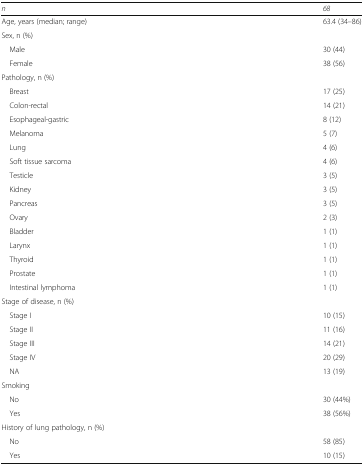
<table><thead><tr><td><b><i>n</i></b></td><td><b><i>68</i></b></td></tr></thead><tbody><tr><td>Age, years (median; range)</td><td>63.4 (34–86)</td></tr><tr><td colspan="2">Sex, n (%)</td></tr><tr><td> Male</td><td>30 (44)</td></tr><tr><td> Female</td><td>38 (56)</td></tr><tr><td colspan="2">Pathology, n (%)</td></tr><tr><td> Breast</td><td>17 (25)</td></tr><tr><td> Colon-rectal</td><td>14 (21)</td></tr><tr><td> Esophageal-gastric</td><td>8 (12)</td></tr><tr><td> Melanoma</td><td>5 (7)</td></tr><tr><td> Lung</td><td>4 (6)</td></tr><tr><td> Soft tissue sarcoma</td><td>4 (6)</td></tr><tr><td> Testicle</td><td>3 (5)</td></tr><tr><td> Kidney</td><td>3 (5)</td></tr><tr><td> Pancreas</td><td>3 (5)</td></tr><tr><td> Ovary</td><td>2 (3)</td></tr><tr><td> Bladder</td><td>1 (1)</td></tr><tr><td> Larynx</td><td>1 (1)</td></tr><tr><td> Thyroid</td><td>1 (1)</td></tr><tr><td> Prostate</td><td>1 (1)</td></tr><tr><td> Intestinal lymphoma</td><td>1 (1)</td></tr><tr><td colspan="2">Stage of disease, n (%)</td></tr><tr><td> Stage I</td><td>10 (15)</td></tr><tr><td> Stage II</td><td>11 (16)</td></tr><tr><td> Stage III</td><td>14 (21)</td></tr><tr><td> Stage IV</td><td>20 (29)</td></tr><tr><td> NA</td><td>13 (19)</td></tr><tr><td colspan="2">Smoking</td></tr><tr><td> No</td><td>30 (44%)</td></tr><tr><td> Yes</td><td>38 (56%)</td></tr><tr><td colspan="2">History of lung pathology, n (%)</td></tr><tr><td> No</td><td>58 (85)</td></tr><tr><td> Yes</td><td>10 (15)</td></tr></tbody></table>